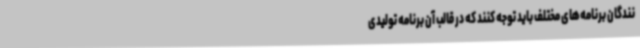
نندگان برنامه‌های مختلف باید توجه کنند که در قالب آن برنامه تولیدی